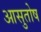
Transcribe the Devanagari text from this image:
आसुतोष